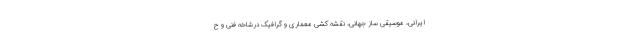
ایرانی، موسیقی ساز جهانی، نقشه کشی معماری و گرافیک درشاخه فنی و ح